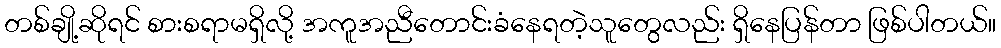
တစ်ချို့ဆိုရင် စားစရာမရှိလို့ အကူအညီတောင်းခံနေရတဲ့သူတွေလည်း ရှိနေပြန်တာ ဖြစ်ပါတယ်။